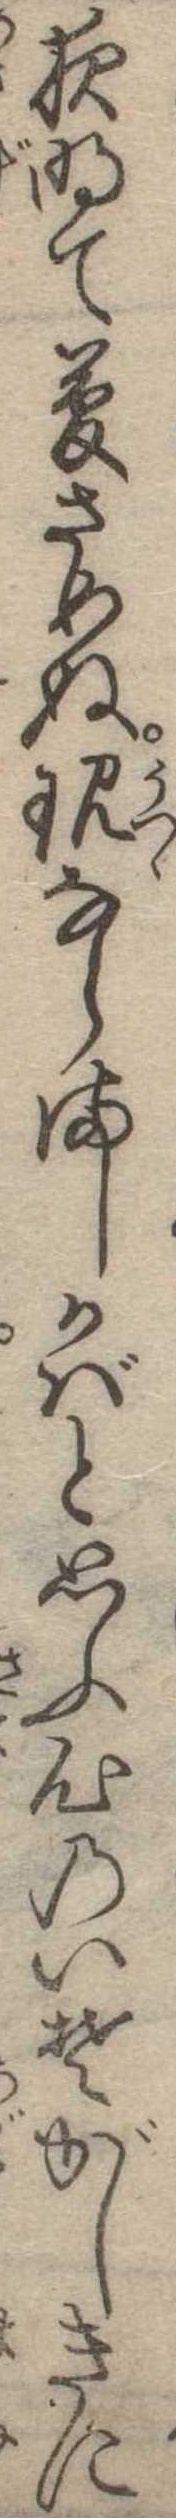
夜明て夢さめぬ現ならましかばと思ふ心のいそがしきに